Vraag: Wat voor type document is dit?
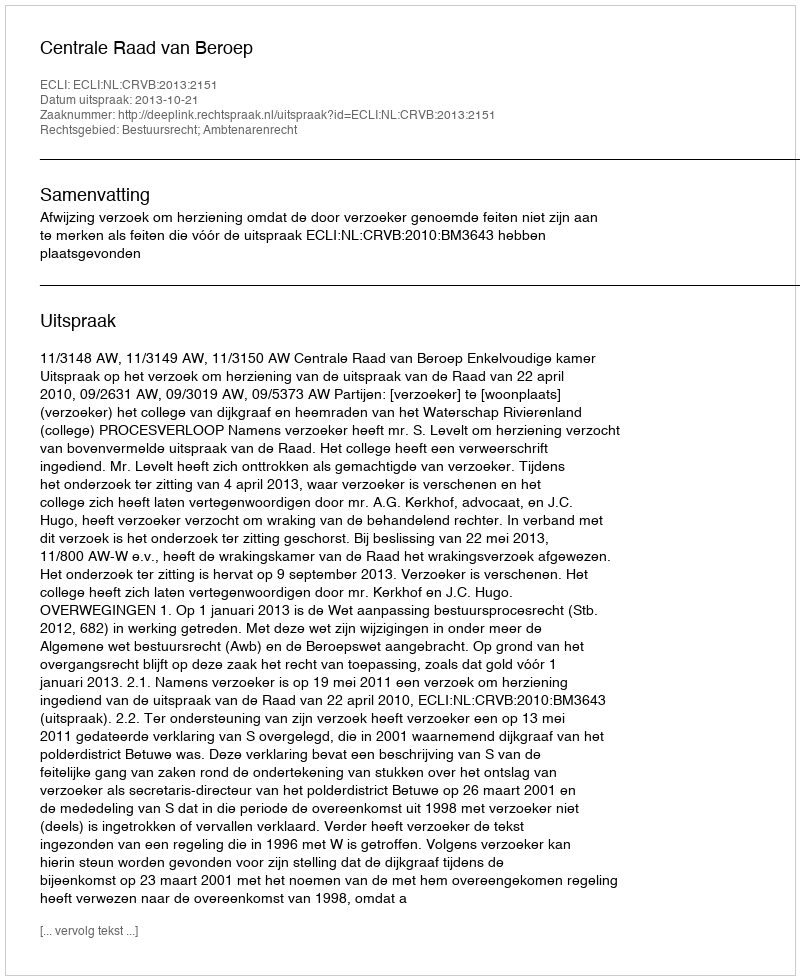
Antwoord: Uitspraak